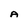
Character: A